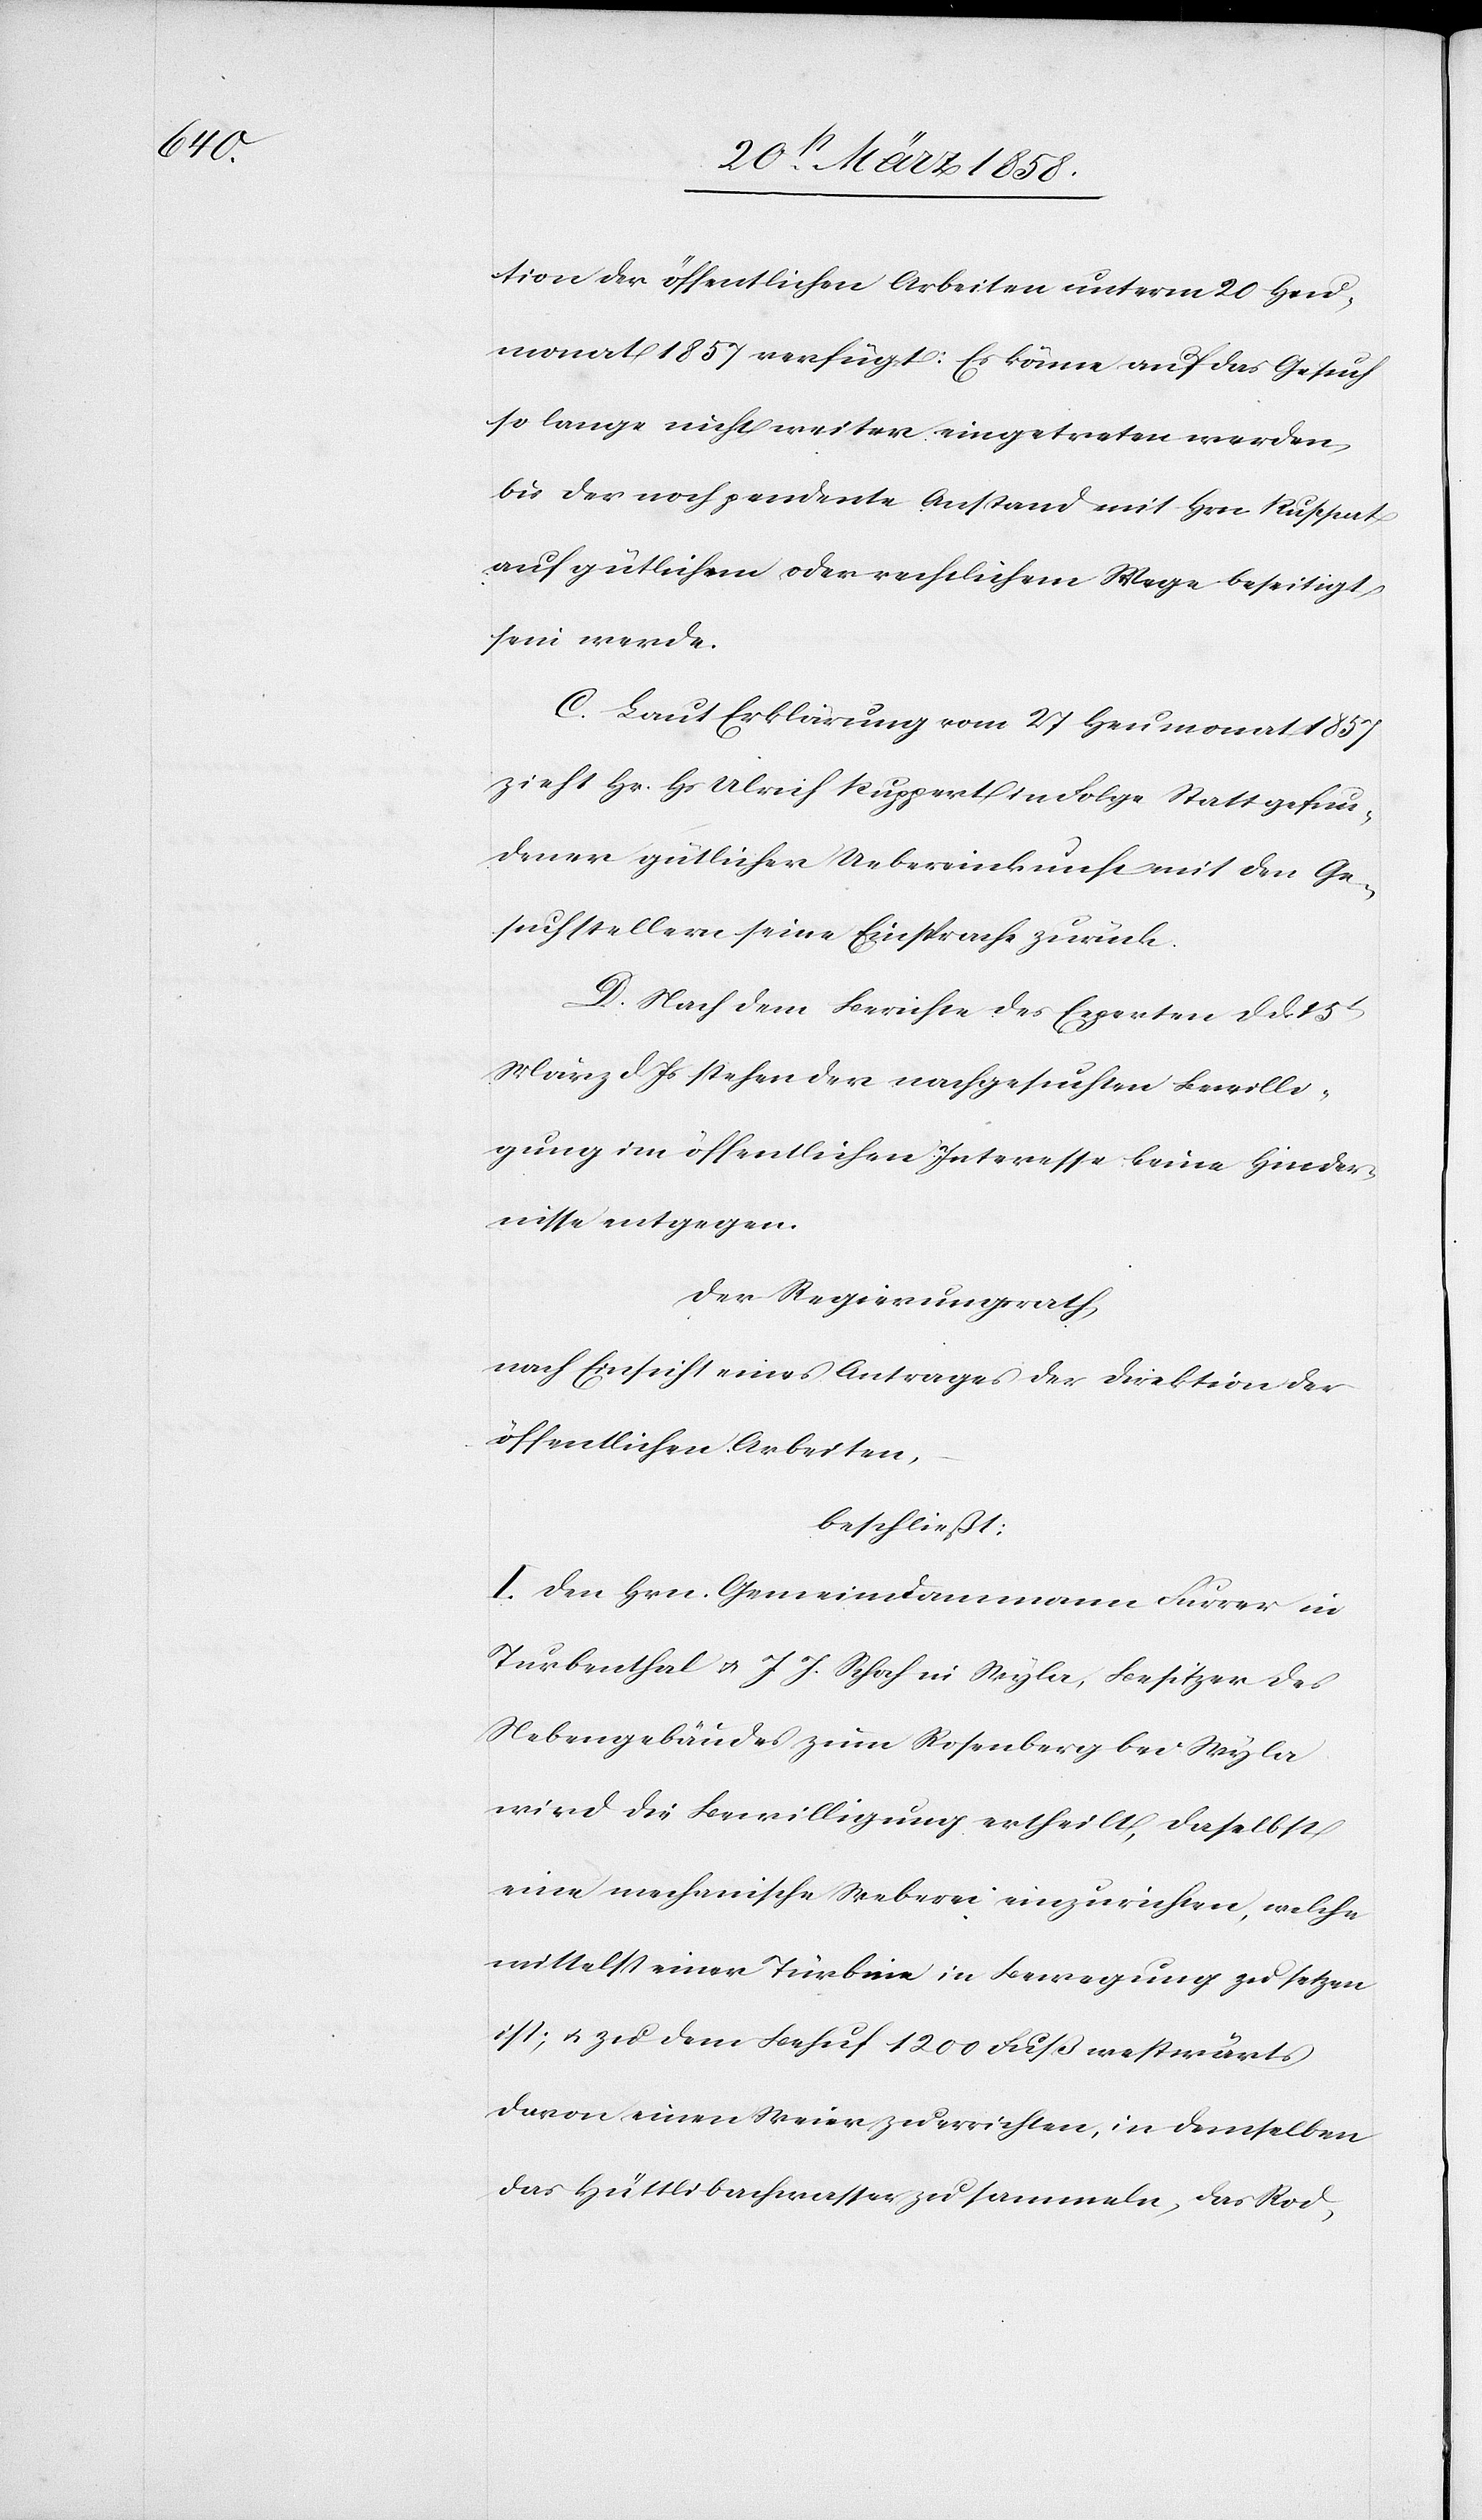
tion der öffentlichen Arbeiten unterm 20. Heu¬
monat 1857 verfügt: Es könne auf das Gesuch
so lange nicht weiter eingetreten werden,
bis der noch pendente Anstand mit Hrn. Ruppert
auf gütlichem oder rechtlichem Wege beseitigt
sein werde.
C. Laut Erklärung vom 27. Heumonat 1857
zieht Hr. Hs. Ulrich Ruppert in Folge Statt gefun¬
dener gütlicher Uebereinkunft mit den Ge¬
suchstellern seine Einsprache zurück.
D. Nach dem Berichte des Experten d. d. 15t
März d. Js. stehen der nachgesuchten Bewilli¬
gung im öffentlichen Interesse keine Hinder¬
nisse entgegen.
Der Regierungsrath,
nach Einsicht eines Antrages der Direktion der
öffentlichen Arbeiten,
beschließt:
I. Den Hrn. Gemeindammann Furrer in
Turbenthal u. J. J. Schoch in Wyla, Besitzer des
Nebengebäudes zum Rosenberg bei Wyla
wird die Bewilligung ertheilt, daselbst
eine mechanische Weberei einzurichten, welche
mittelst einer Türbine in Bewegung zu setzen
ist; u. zu dem Behuf 1200 Fuß westwärts
davon einen Weier zu errichten, in demselben
das Hüttlibachwasser zu sammeln, das Rod-